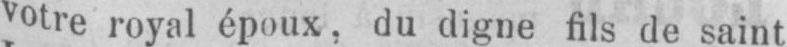
votre royal époux, du digne fils de saint